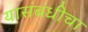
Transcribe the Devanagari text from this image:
यासंबंधीचा